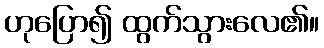
ဟုပြော၍ ထွက်သွားလေ၏။